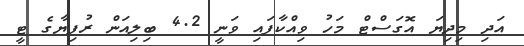
އަދި މިދިޔަ އޮގަސްޓް މަހު ވިއްކާފައި ވަނީ 4.2 ބިލިއަން ރުފިޔާގެ ޓީ